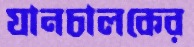
যানচালকের